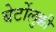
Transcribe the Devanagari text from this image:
बेर्टोलुक्की